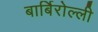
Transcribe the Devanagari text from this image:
बार्बिरोल्ली